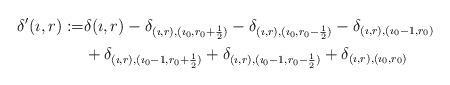
LaTeX: \begin{align*}\delta'(\imath, r):=&\delta(\imath, r)-\delta_{(\imath, r), (\imath_0, r_0+\frac{1}{2})}-\delta_{(\imath, r), (\imath_0, r_0-\frac{1}{2})}-\delta_{(\imath, r), (\imath_0-1, r_0)}\\ &+\delta_{(\imath, r), (\imath_0-1, r_0+\frac{1}{2})}+\delta_{(\imath, r), (\imath_0-1, r_0-\frac{1}{2})}+\delta_{(\imath, r), (\imath_0, r_0)}\end{align*}